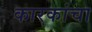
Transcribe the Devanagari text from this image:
कारकांचा